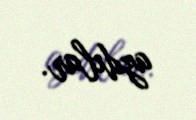
azdılar.